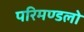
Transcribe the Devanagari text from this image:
परिमण्डलो